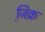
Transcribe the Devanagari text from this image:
जि़क्र